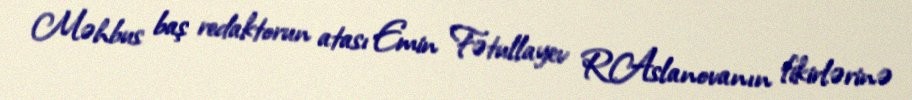
Məhbus baş redaktorun atası Emin Fətullayev R.Aslanovanın fikirlərinə